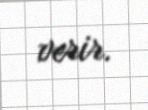
verir.